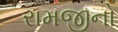
રામજીનો